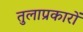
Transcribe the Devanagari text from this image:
तुलाप्रकारों